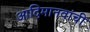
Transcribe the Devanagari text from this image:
आदिमानवांची